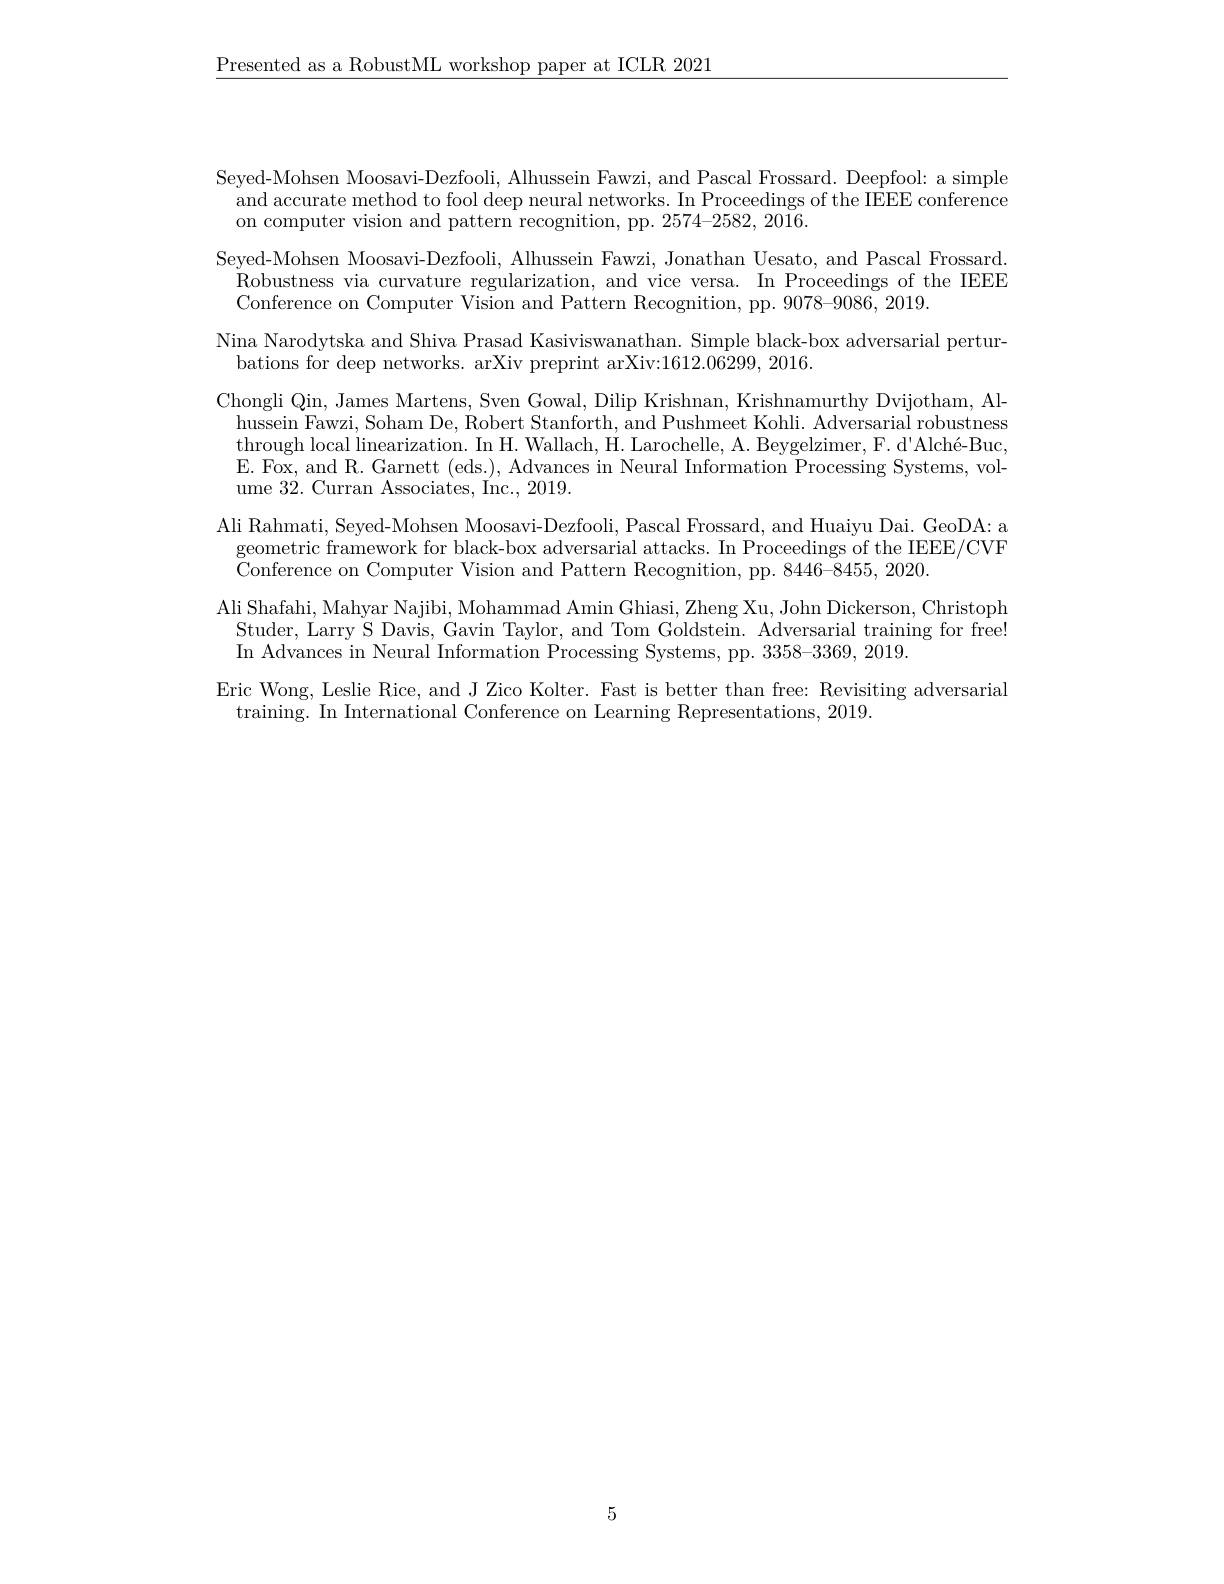
$\underline{\text{Presented as a RobustML }}$

Seyed-Mohsen Moosavi-Dezfooli, Alhussein Fawzi, and Pascal Frossard. Deepfool: a simple
and accurate method to fool
on computer vision and pattern recognition, pp. 2574-2582, 2016.
Seyed-Mohsen Moosavi-Dezfool $\begin{aligned}\text{Robustness via curvature regularization, and vice versa. In Proceedings of the IEEE}\\\text{Robustness via curvature regularization, and vice versa. In Proceedings of the IEEE}\end{aligned}$ Conference on Computer Visio
Nina Narodytska and Shiva Pr
bations for deep networks. a
Chongli Qin, James Martens,
hussein Fawzi, Soham De, Rob through local linearization. E. Fox, and R. Garnett (eds. ume 32. Curran Associates, I
Ali Rahmati, Seyed-Mohsen Mo geometric framework for blac Conference on Computer Vision and Pattern Recognition, pp. 8446-8455, 2020.
Ali Shafahi, Mahyar Najibi, Studer, Larry S Davis, Gavin Taylor, and Tom Goldstein. Adversarial training for free! In Advances in Neural Inform
Eric Wong, Leslie Rice, and J Zico Kolter. Fast is better than free: Revisiting adversarial
training. In International Conference on Learning Representations, 2019.

5